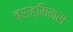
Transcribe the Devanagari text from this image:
ब्राह्मिनस